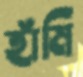
হাঁমি